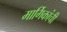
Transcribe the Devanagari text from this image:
मार्गिकांची